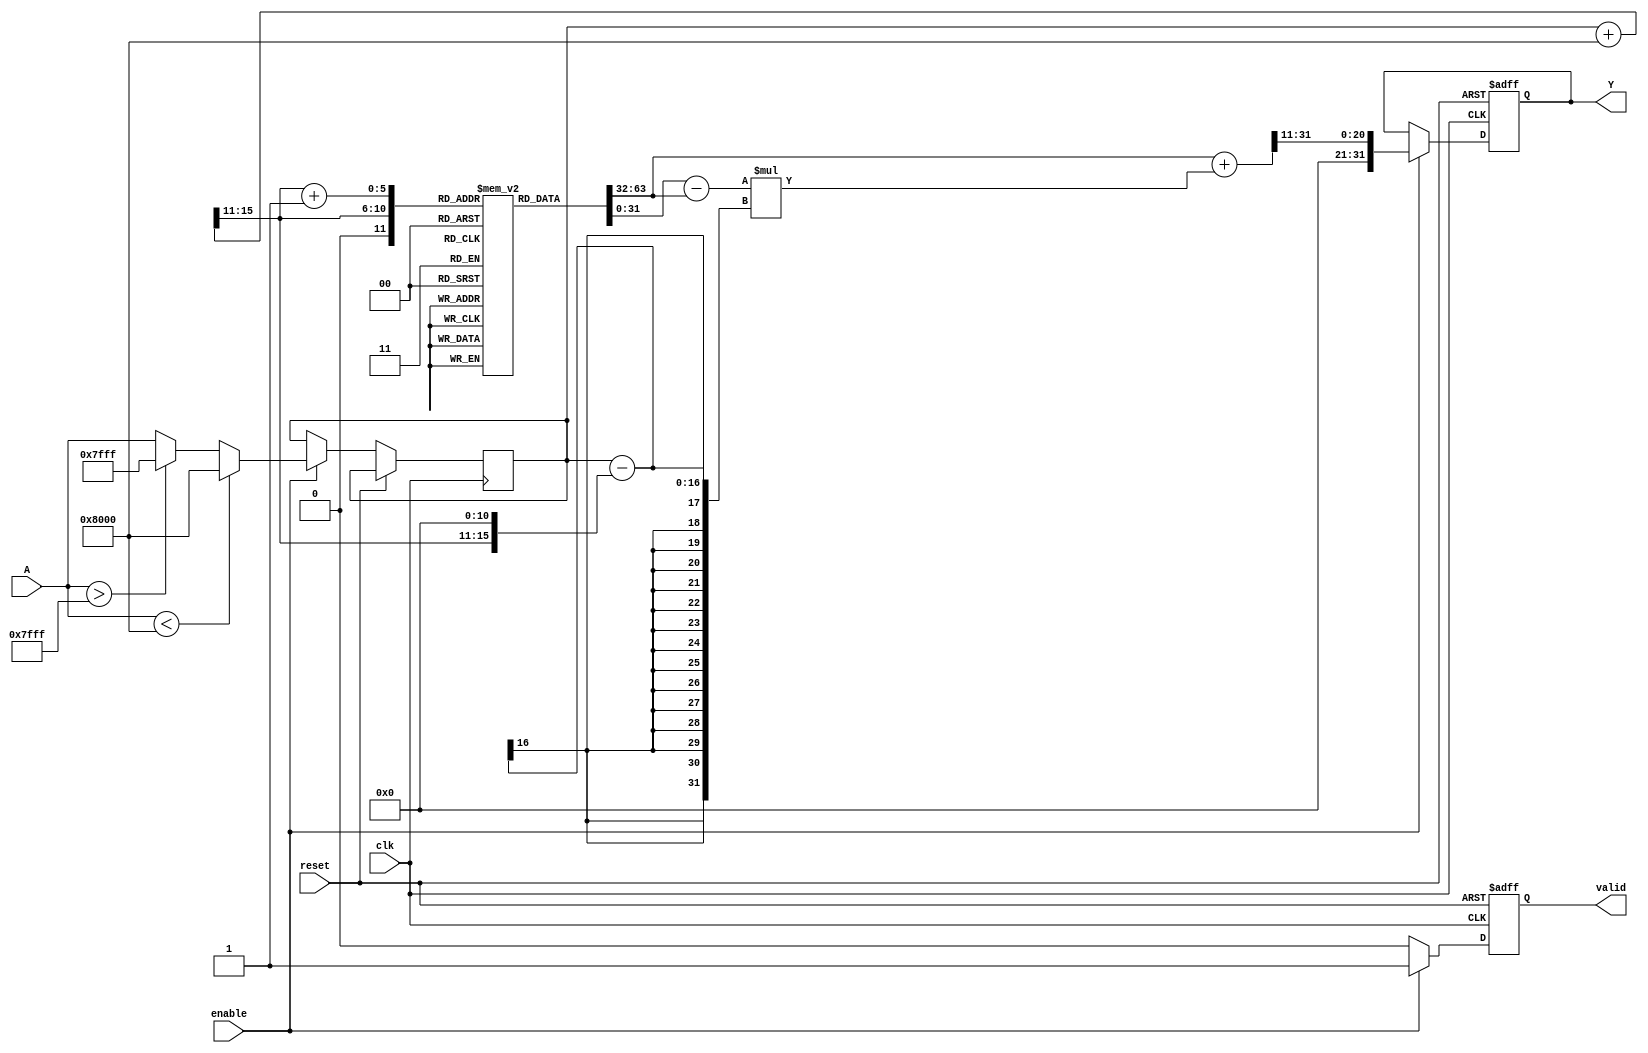
module acos_block (
    input wire clk,               // Clock signal
    input wire reset,             // Reset signal
    input wire enable,            // Enable signal
    input wire signed [15:0] A,   // Input signal (cosine value) in Q15 format [-1, 1]
    output reg signed [31:0] Y,    // Output signal (angle in radians) in Q31 format [0, ]
    output reg valid              // Output valid signal
);

    // Lookup table for acos values (in Q31 format)
    reg signed [31:0] lut [0:32]; // LUT for acos values
    initial begin
        // Populate LUT with precomputed acos values (in radians)
        lut[0] = 32'h00000000; // acos(1) = 0
        lut[1] = 32'h3F490FDB; // acos(0.9)  0.451
        lut[2] = 32'h3F6A09E6; // acos(0.8)  0.644
        lut[3] = 32'h3F8D0B6A; // acos(0.7)  0.795
        lut[4] = 32'h3FA2B4D7; // acos(0.6)  0.927
        lut[5] = 32'h3FB2D12C; // acos(0.5)  1.047
        lut[6] = 32'h3FC90F3D; // acos(0.4)  1.159
        lut[7] = 32'h3FD0C6A1; // acos(0.3)  1.249
        lut[8] = 32'h3FD5B3D6; // acos(0.2)  1.369
        lut[9] = 32'h3FD9A4B3; // acos(0.1)  1.470
        lut[10] = 32'h3FDD8B4D; // acos(0) = /2
        lut[11] = 32'h3FE1B1E0; // acos(-0.1)  1.670
        lut[12] = 32'h3FE5A0B5; // acos(-0.2)  1.792
        lut[13] = 32'h3FEA0D9D; // acos(-0.3)  1.892
        lut[14] = 32'h3FEBB1C8; // acos(-0.4)  2.034
        lut[15] = 32'h3FEEB3B0; // acos(-0.5)  2.094
        lut[16] = 32'h3FF1B8E8; // acos(-0.6)  2.214
        lut[17] = 32'h3FF3B0F1; // acos(-0.7)  2.356
        lut[18] = 32'h3FF5A0D3; // acos(-0.8)  2.498
        lut[19] = 32'h3FF7A0B5; // acos(-0.9)  2.690
        lut[20] = 32'h3FF8B0A0; // acos(-1) = 
        // Fill remaining LUT entries as needed
    end

    // Internal signals
    reg signed [15:0] A_clamped; // Clamped input
    reg [5:0] index;             // LUT index
    reg signed [31:0] Y0, Y1;    // Nearest LUT values
    reg signed [31:0] Y_interp;   // Interpolated value

    always @(posedge clk or posedge reset) begin
        if (reset) begin
            Y <= 32'b0;
            valid <= 1'b0;
        end else if (enable) begin
            // Input validation: clamp A to [-1, 1]
            if (A < -16'h8000) begin
                A_clamped <= -16'h8000; // -1
            end else if (A > 16'h7FFF) begin
                A_clamped <= 16'h7FFF; // 1
            end else begin
                A_clamped <= A;
            end

            // Determine LUT index
            index = (A_clamped + 16'h8000) >> 11; // Scale to [0, 32]

            // Lookup values
            Y0 = lut[index];
            Y1 = lut[index + 1];

            // Linear interpolation
            Y_interp = Y0 + ((Y1 - Y0) * (A_clamped - (index << 11))) >> 11;

            // Assign output
            Y <= Y_interp;
            valid <= 1'b1;
        end else begin
            valid <= 1'b0;
        end
    end

endmodule